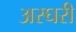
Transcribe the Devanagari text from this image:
अस्घरी